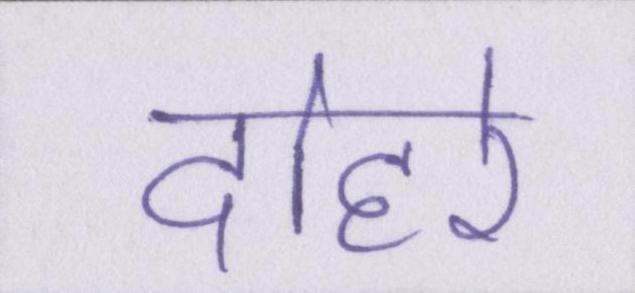
दोहरे